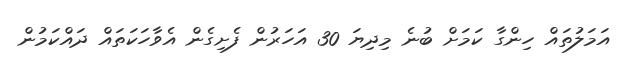
އަމަލުތައް ހިންގާ ކަމަށް ބުނެ މިދިޔަ 30 އަހަރުން ފެށިގެން އެވާހަކަތައް ދައްކަމުން